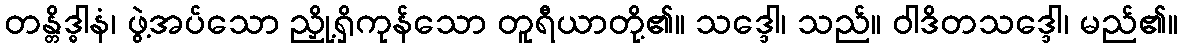
တန္တိဒ္ဓါနံ၊ ဖွဲ့အပ်သော ညှို့ရှိကုန်သော တူရီယာတို့၏။ သဒ္ဒေါ၊ သည်။ ဝါဒိတသဒ္ဒေါ၊ မည်၏။